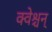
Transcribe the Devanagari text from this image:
क्वेश्चन्‌